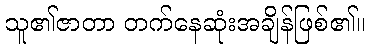
သူ၏ဇာတာ တက်နေဆုံးအချိန်ဖြစ်၏။